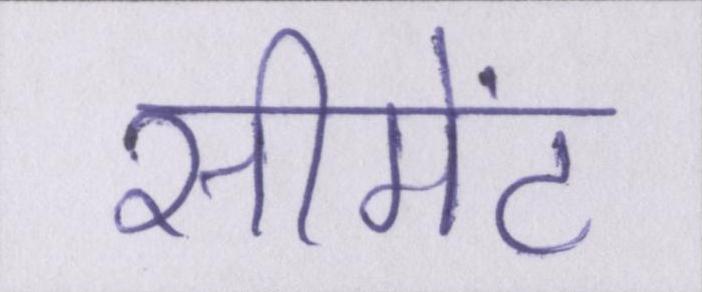
सीमेंट